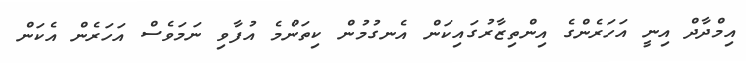
އިމްދާދް އިނީ އަހަރެންގެ އިންތިޒާރުގައިކަން އެނގުމުން ކިތަންމެ އުފާވި ނަމަވެސް އަހަރެން އެކަން